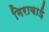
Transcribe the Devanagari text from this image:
मिराबाई